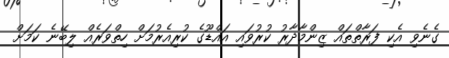
ގެނެވި އެކި ފަރާތްތައް ޒިންމާދާރު ކުރުވައި އައްޑޫގެ ކުރިއެރުމަށް ހިތްވަރެއް ލިބޭނެ ކަމަށް